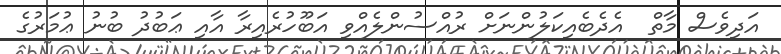
އަދިވެސް މާތް  އެދެބެއިކަލުންނަށް ރުއްސުންލެއްވި އަބޫހުރެއިރާ އާއި ޢަބުދު ބުނު ޢުމަރުގެ